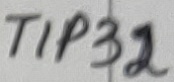
Text: TIP32